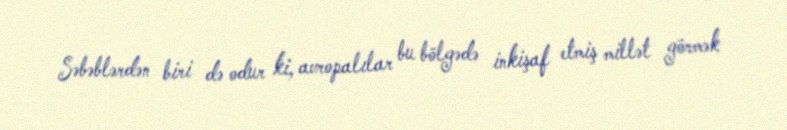
Səbəblərdən biri də odur ki, avropalılar bu bölgədə inkişaf etmiş millət görmək